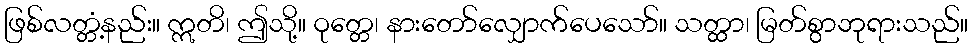
ဖြစ်လတ္တံ့နည်း။ ဣတိ၊ ဤသို့။ ဝုတ္တေ၊ နားတော်လျှောက်ပေသော်။ သတ္ထာ၊ မြတ်စွာဘုရားသည်။